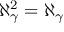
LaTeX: \aleph _ { \gamma } ^ { 2 } = \aleph _ { \gamma }